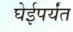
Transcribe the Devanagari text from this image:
घेईपर्यंत